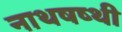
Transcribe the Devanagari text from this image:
नाथषष्थी